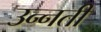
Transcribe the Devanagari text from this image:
उन्‍नती